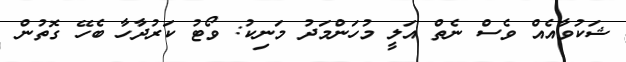
ޝަކުވާއެއް ވެސް ނެތް އަލީ މުހަންމަދު މަނިކު: ވޯޓު ކަރުދާހާ ބެހޭ ގޮތުން